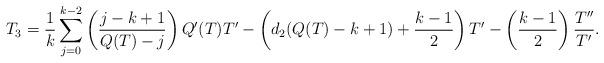
LaTeX: \begin{align*} T_3 = \frac1k \sum_{j=0}^{k-2} \left( \frac{j-k+1}{Q(T) - j} \right) Q'(T) T' - \left( d_2 (Q(T) - k+1) + \frac{k-1}2 \right) T' - \left( \frac{k-1}2 \right) \frac{T''}{T'} .\end{align*}